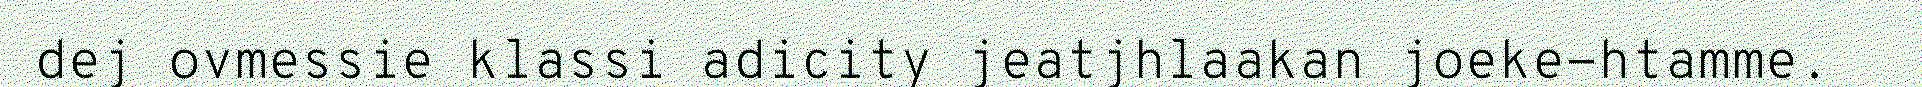
dej ovmessie klassi adicity jeatjhlaakan joeke-htamme.